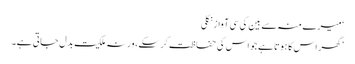
‘ میرے منہ سے بین کی سی آواز نکلی
’گھر اس کا ہوتا ہے جو اس کی حفاظت کر سکے، ورنہ ملکیت بدل جاتی ہے۔